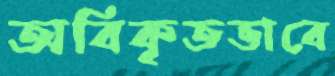
অবিকৃতভাবে